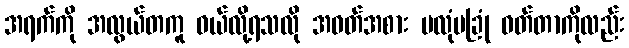
အရက်ကို အလွယ်တကူ ဝယ်လို့ရသလို အဝတ်အစား မလုံမခြုံ ဝတ်တာကိုလည်း